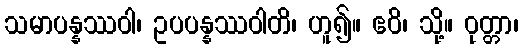
သမာပန္နဿဝါ၊ ဥပပန္နဿဝါတိ၊ ဟူ၍။ ဧဝိ၊ သို့။ ဝုတ္တာ၊